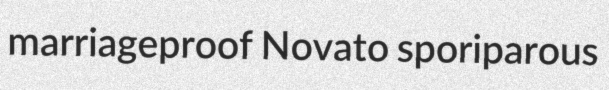
marriageproof Novato sporiparous